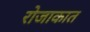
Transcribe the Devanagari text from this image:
रोजाकात